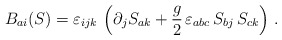
\begin{align*}B_{ai}(S) = \varepsilon_{ijk}\,\left(\partial_j S_{ak} + \frac{g}{2}\,\varepsilon_{abc}\, S_{bj}\, S_{ck}\right)\,.\end{align*}